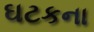
ઘટકના